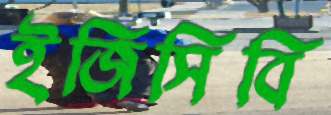
ইজিসিবি